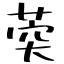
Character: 葖